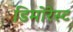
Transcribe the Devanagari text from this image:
डिमोरेस्ट